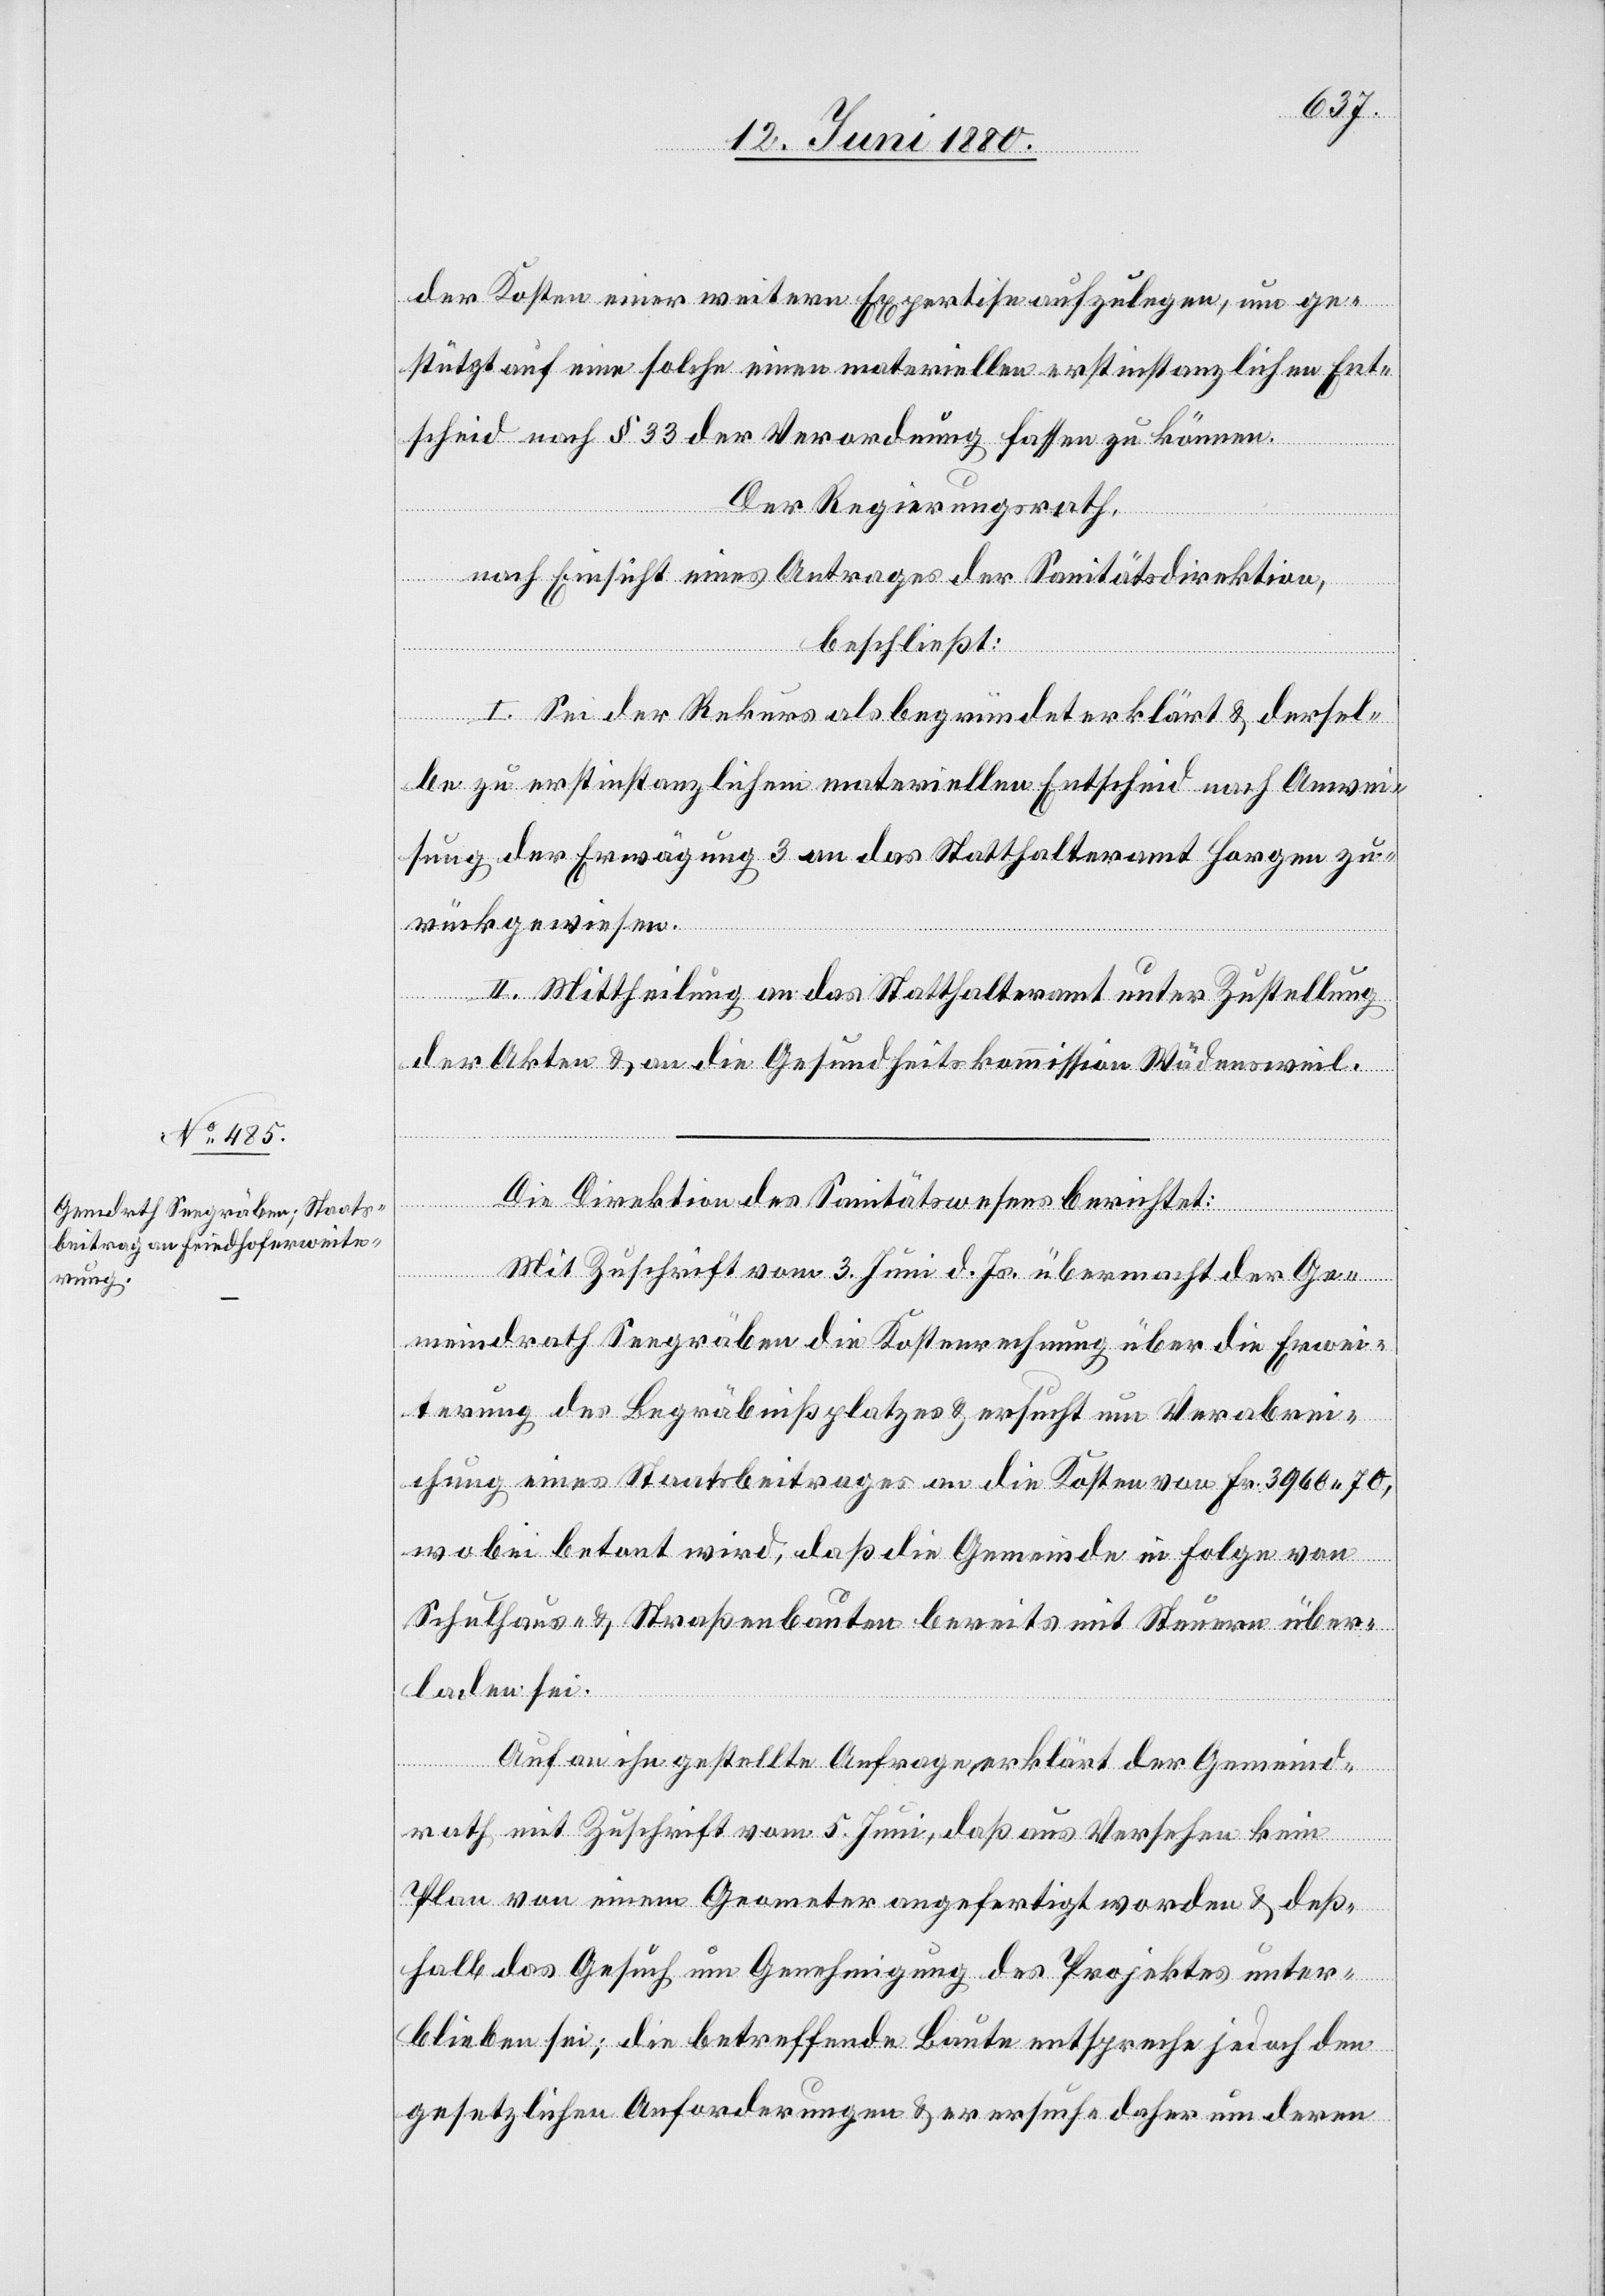
der Kosten einer weitern Expertise aufzulegen, um ge¬
stützt auf eine solche einen materiellen erstinstanzlichen Ent¬
scheid nach § 33 der Verordnung fassen zu können.
Der Regierungsrath,
nach Einsicht eines Antrages der Sanitätsdirektion,
beschließt:
I. Sei der Rekurs als begründet erklärt & dersel¬
be zu erstinstanzlichem materiellen Entscheid nach Anwei¬
sung der Erwägung 3 an das Statthalteramt Horgen zu¬
rückgewiesen.
II. Mittheilung an das Statthalteramt unter Zustellung
der Akten & an die Gesundheitskommission Wädensweil.
Die Direktion des Sanitätswesens berichtet:
Mit Zuschrift vom 3. Juni d. Js. übermacht der Ge¬
meindrath Seegräben die Kostenrechnung über die Erwei¬
terung des Begräbnißplatzes & ersucht um Verabrei¬
chung eines Staatsbeitrages an die Kosten von Fr. 3960 70,
wobei betont wird, daß die Gemeinde in Folge von
Schulhaus- & Straßenbauten bereits mit Steuern über¬
laden sei.
Auf an ihn gestellte Anfrage erklärt der Gemeind¬
rath mit Zuschrift vom 5. Juni, daß aus Versehen kein
Plan von einem Geometer angefertigt worden & deß¬
halb das Gesuch um Genehmigung des Projektes unter¬
blieben sei; die betreffende Baute entspreche jedoch den
gesetzlichen Anforderungen & er ersuche daher um deren